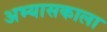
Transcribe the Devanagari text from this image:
अभ्यासकाला